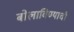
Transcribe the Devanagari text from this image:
बोलाविण्याची